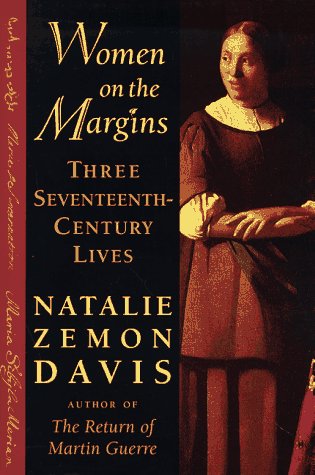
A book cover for Women on the Margins: Three Seventeenth-Century Lives; Natalie Zemon Davis; Biographies & Memoirs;